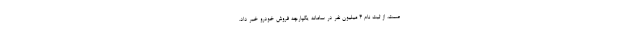
صمت، از ثبت نام ۴ میلیون نفر در سامانه یکپارچه فروش خودرو خبر داد.